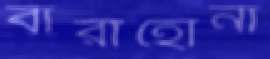
বারাহোনা